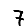
Digit: 7